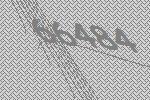
66484